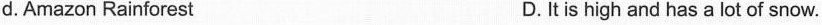
d.Amazon Rainforest D.It is high and has a lot of snow.